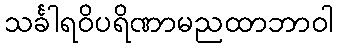
သင်္ခါရဝိပရိဏာမညထာဘာဝါ